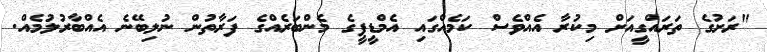
"ރަށުގެ ތަރައްގީއަށް މިކުރާ އެއްވެސް ކަމެއްގައި އެމްޑީޕީގެ މެންބަރެއްގެ ފަރާތުން ނުލިބޭނެ އެއްބާރުލުމެއް.